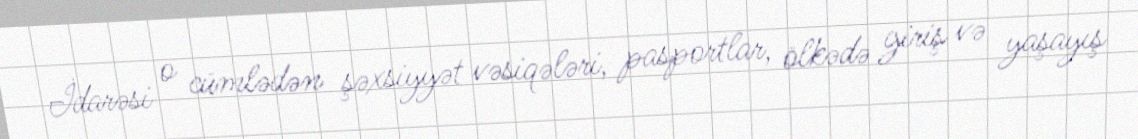
İdarəsi o cümlədən şəxsiyyət vəsiqələri, pasportlar, ölkədə giriş və yaşayış